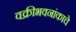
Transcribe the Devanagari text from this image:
वक्रीभवनांकाचे